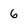
Character: 6